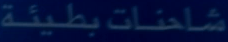
شاحنات-بطيئة